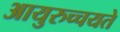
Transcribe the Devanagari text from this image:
आयुरुच्चयते